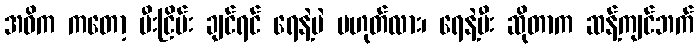
အဓိက ကတော့ မီးငြိမ်း ချင်ရင် ရေနဲ့ပဲ မဟုတ်လား၊ ရေနဲ့မီး ဆိုတာက ဆန့်ကျင်ဘက်